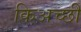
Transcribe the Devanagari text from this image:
किअच्छी